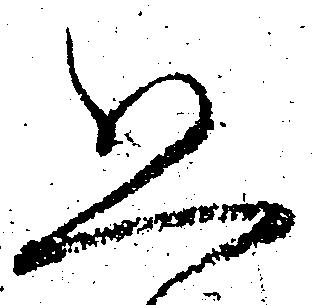
恐